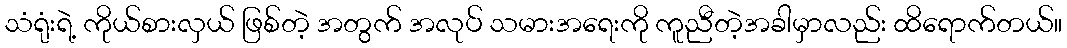
သံရုံးရဲ့ ကိုယ်စားလှယ် ဖြစ်တဲ့ အတွက် အလုပ် သမားအရေးကို ကူညီတဲ့အခါမှာလည်း ထိရောက်တယ်။